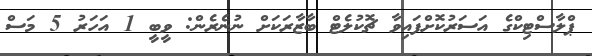
ޕްލާސްޓިކްގެ އަސަރުކޮށްފައިވާ ޗޮކުލެޓް ބާޒާރަކަށް ނުނެރެން: ވީބީ 1 އަހަރު 5 މަސް